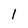
Character: 1